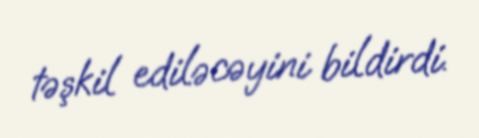
təşkil ediləcəyini bildirdi.